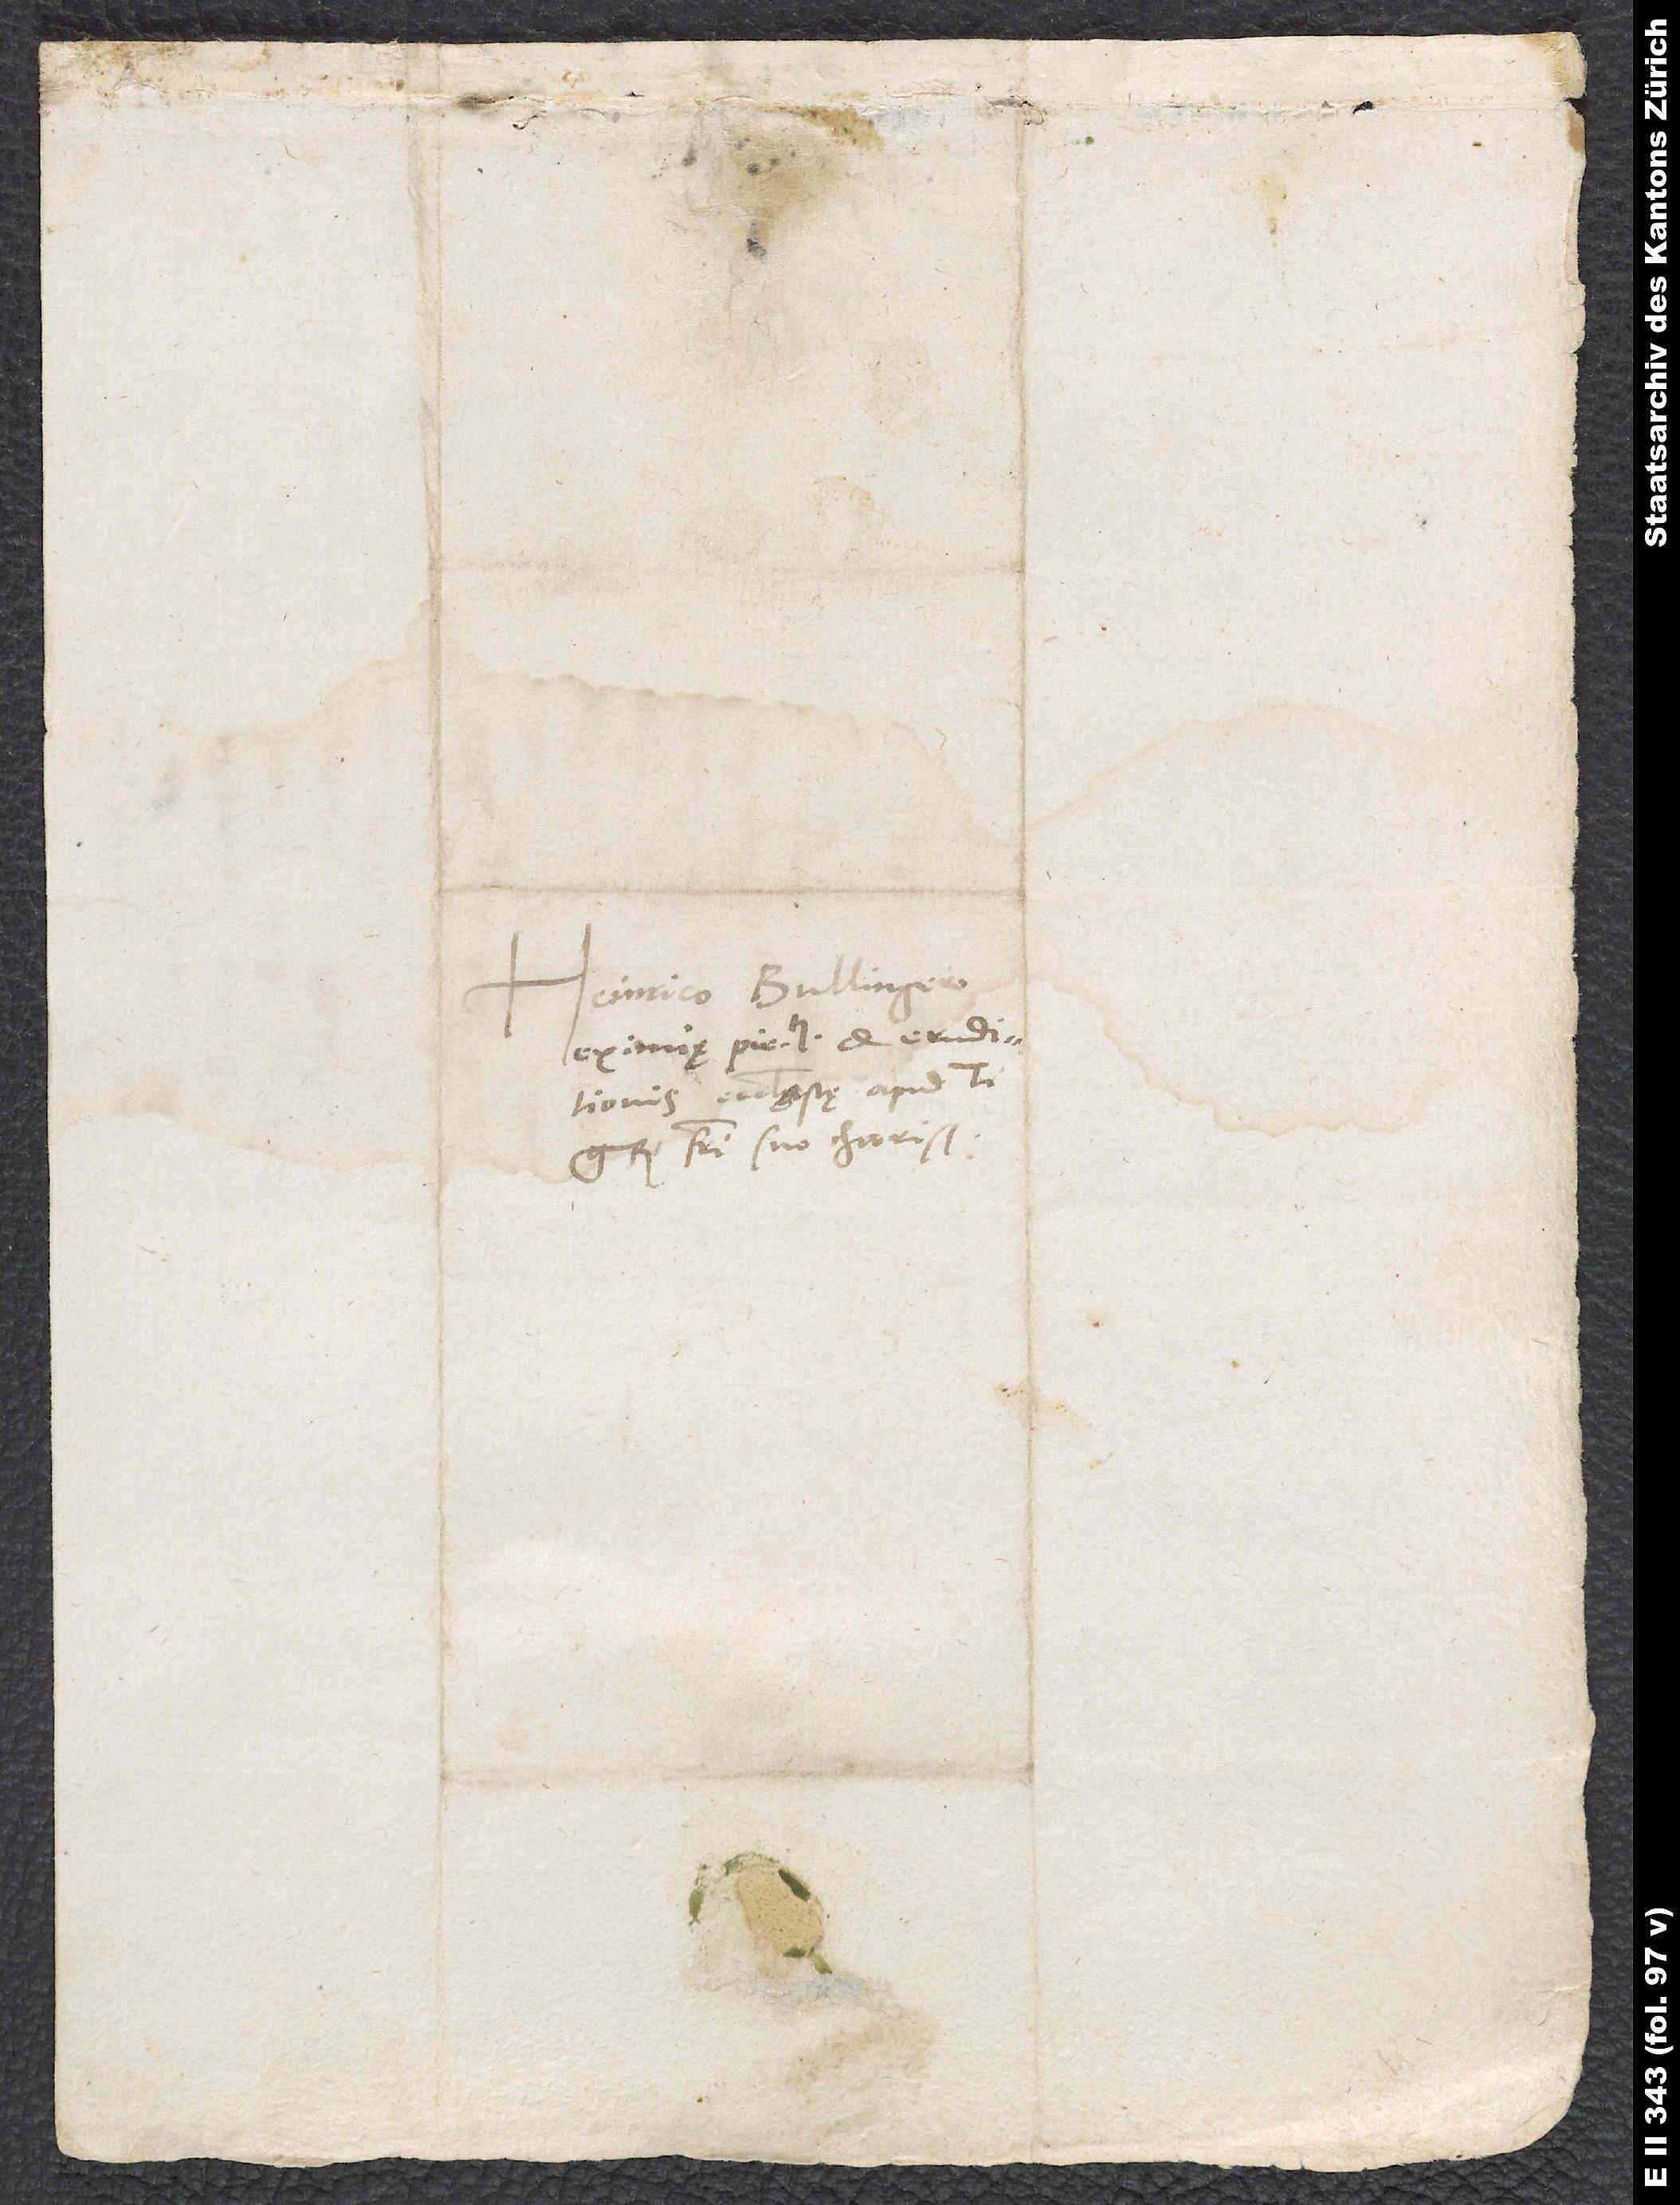
Heinrico Bullingero,
eximię pietatis et eruditionis
ecclesiastę apud
fratri suo charissimo.